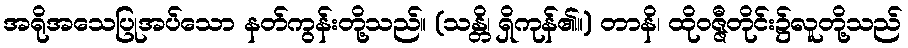
အရိုအသေပြုအပ်သော နတ်ကွန်းတို့သည်။ (သန္တိ၊ ရှိကုန်၏။) တာနိ၊ ထိုဝဇ္ဇီတိုင်း၌လူတို့သည်